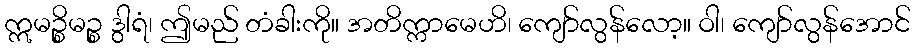
ဣမဉ္စိမဉ္စ ဒွါရံ၊ ဤမည် တံခါးကို။ အတိက္ကာမေဟိ၊ ကျော်လွန်လော့။ ဝါ၊ ကျော်လွန်အောင်